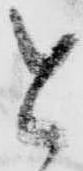
と